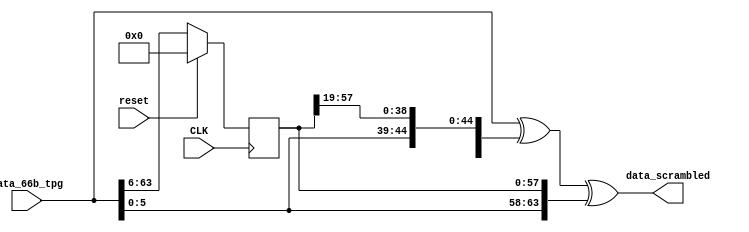
module descrambler(CLK,reset,data_66b_tpg,data_scrambled);
input [63:0] data_66b_tpg;
input CLK,reset;
output [63:0] data_scrambled;

  reg  [57:0] data_prev;
  wire [57:0] data_to_save;

  always @(posedge CLK)
    begin
      data_prev <= reset ? 58'h0:data_66b_tpg[63:6];
    end

  wire [63:0] data_shifted_39;
  wire [63:0] data_shifted_58;
  wire [63:0] block_payload;

  assign data_shifted_39 = {data_66b_tpg[24:0], data_prev[57:19]};
  assign data_shifted_58 = {data_66b_tpg[5:0], data_prev};
  assign data_scrambled = data_66b_tpg[63:0] ^ data_shifted_39 ^ data_shifted_58;

endmodule